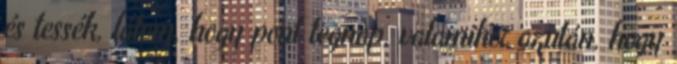
és tessék, látom, hogy pont tegnap, valamikor azután, hogy